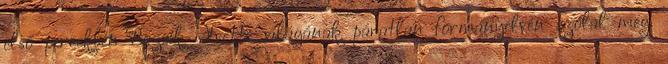
első percekben Bozsik Yvette világának páratlan formanyelvén szólal meg.